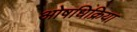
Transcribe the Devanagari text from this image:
ओषधिक्रिया